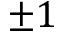
\pm 1